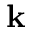
\bf k